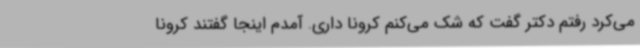
می‌کرد رفتم دکتر گفت که شک می‌کنم کرونا داری. آمدم اینجا گفتند کرونا